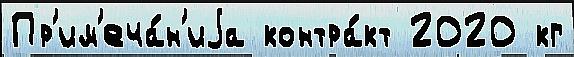
Пр'им'еча́н'иjа контра́кт 2020 кг